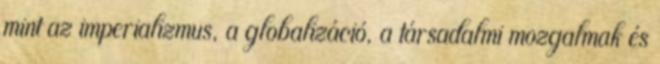
mint az imperializmus, a globalizáció, a társadalmi mozgalmak és